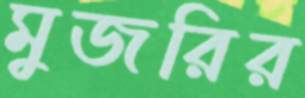
মুজরির